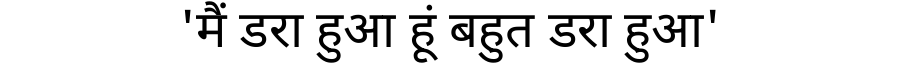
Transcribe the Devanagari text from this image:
'मैं डरा हुआ हूं बहुत डरा हुआ'